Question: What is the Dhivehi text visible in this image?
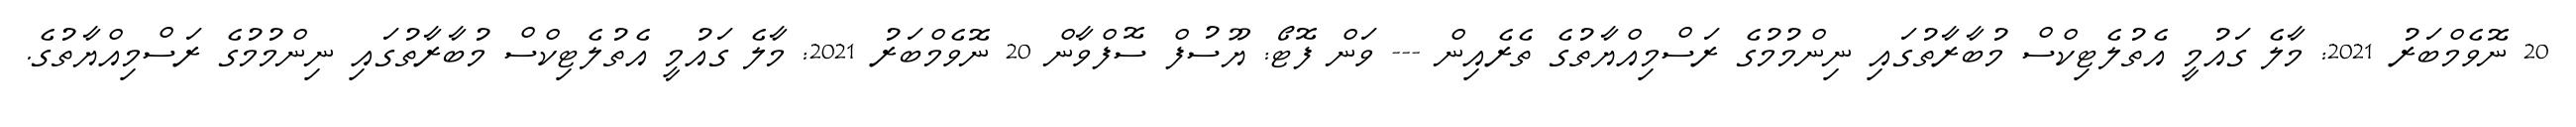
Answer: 20 ނޮވެމްބަރު 2021: މާލެ ގައުމީ އެތުލެޓިކްސް މުބާރާތުގައި ނިންމުމުގެ ރަސްމިއްޔާތުގެ ތެރެއިން --- ވަން ފޮޓޯ: ޔޫސުފް ސޮފްވާން 20 ނޮވެމްބަރު 2021: މާލެ ގައުމީ އެތުލެޓިކްސް މުބާރާތުގައި ނިންމުމުގެ ރަސްމިއްޔާތުގެ.